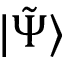
| \tilde { \Psi } \rangle